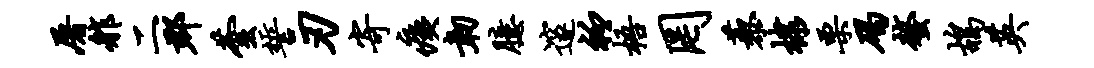
屠舴二郡芸誓刃寄痍韧臆邃衽梧罔藜棣栗碣螯鸪英